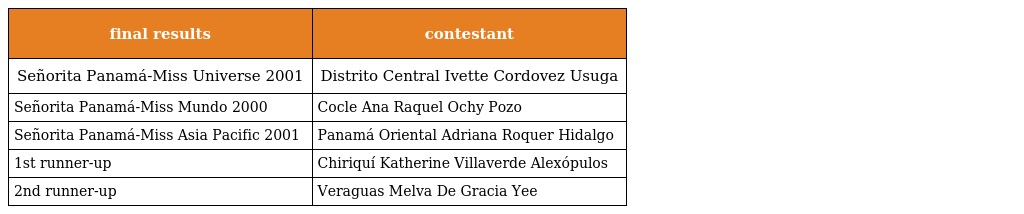
| final results | contestant |
 | --- | --- |
 | Señorita Panamá-Miss Universe 2001 | Distrito Central Ivette Cordovez Usuga |
 | Señorita Panamá-Miss Mundo 2000 | Cocle Ana Raquel Ochy Pozo |
 | Señorita Panamá-Miss Asia Pacific 2001 | Panamá Oriental Adriana Roquer Hidalgo |
 | 1st runner-up | Chiriquí Katherine Villaverde Alexópulos |
 | 2nd runner-up | Veraguas Melva De Gracia Yee |